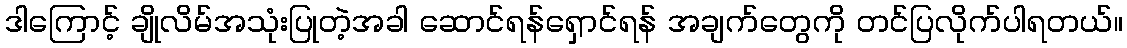
ဒါကြောင့် ချိုလိမ်အသုံးပြုတဲ့အခါ ဆောင်ရန်ရှောင်ရန် အချက်တွေကို တင်ပြလိုက်ပါရတယ်။